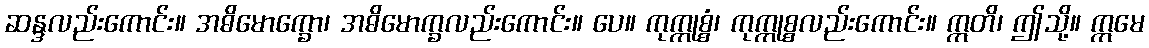
ဆန္ဒလည်းကောင်း။ အဓိမောက္ခော၊ အဓိမောက္ခလည်းကောင်း။ ပေ။ ကုက္ကုစ္စံ၊ ကုက္ကုစ္စလည်းကောင်း။ ဣတိ၊ ဤသို့။ ဣမေ